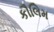
કૌલિમ